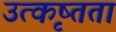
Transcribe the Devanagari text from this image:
उत्कृष्तता